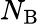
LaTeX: N_{\mathrm{B}}